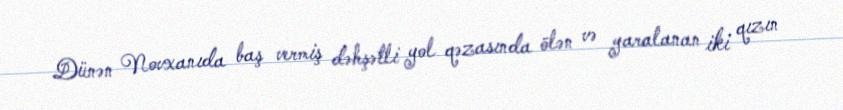
Dünən Novxanıda baş vermiş dəhşətli yol qəzasında ölən və yaralanan iki qızın